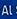
al